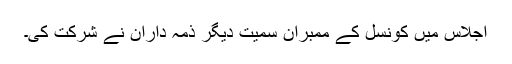
اجلاس میں کونسل کے ممبران سمیت دیگر ذمہ داران نے شرکت کی۔